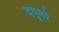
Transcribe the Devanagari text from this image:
दपूमरे